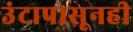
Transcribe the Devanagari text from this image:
उंटापासूनही